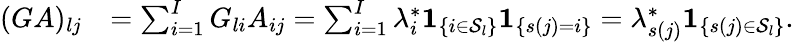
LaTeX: \begin{array}{rl}{(GA)_{lj}}&{=\sum_{i=1}^{I}G_{li}A_{ij}=\sum_{i=1}^{I}\lambda_{i}^{*}\mathbf{1}_{\left\{ i\in\mathcal{S}_{l}\right\} }\mathbf{1}_{\left\{ s(j)=i\right\} }=\lambda_{s(j)}^{*}\mathbf{1}_{\left\{ s(j)\in\mathcal{S}_{l}\right\} }.}\end{array}